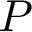
P